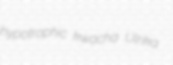
hypotrophic kwacha Ulrika